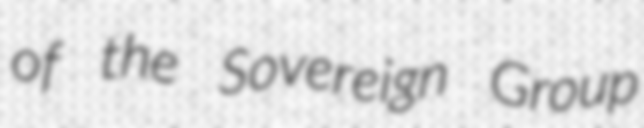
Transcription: of the Sovereign Group